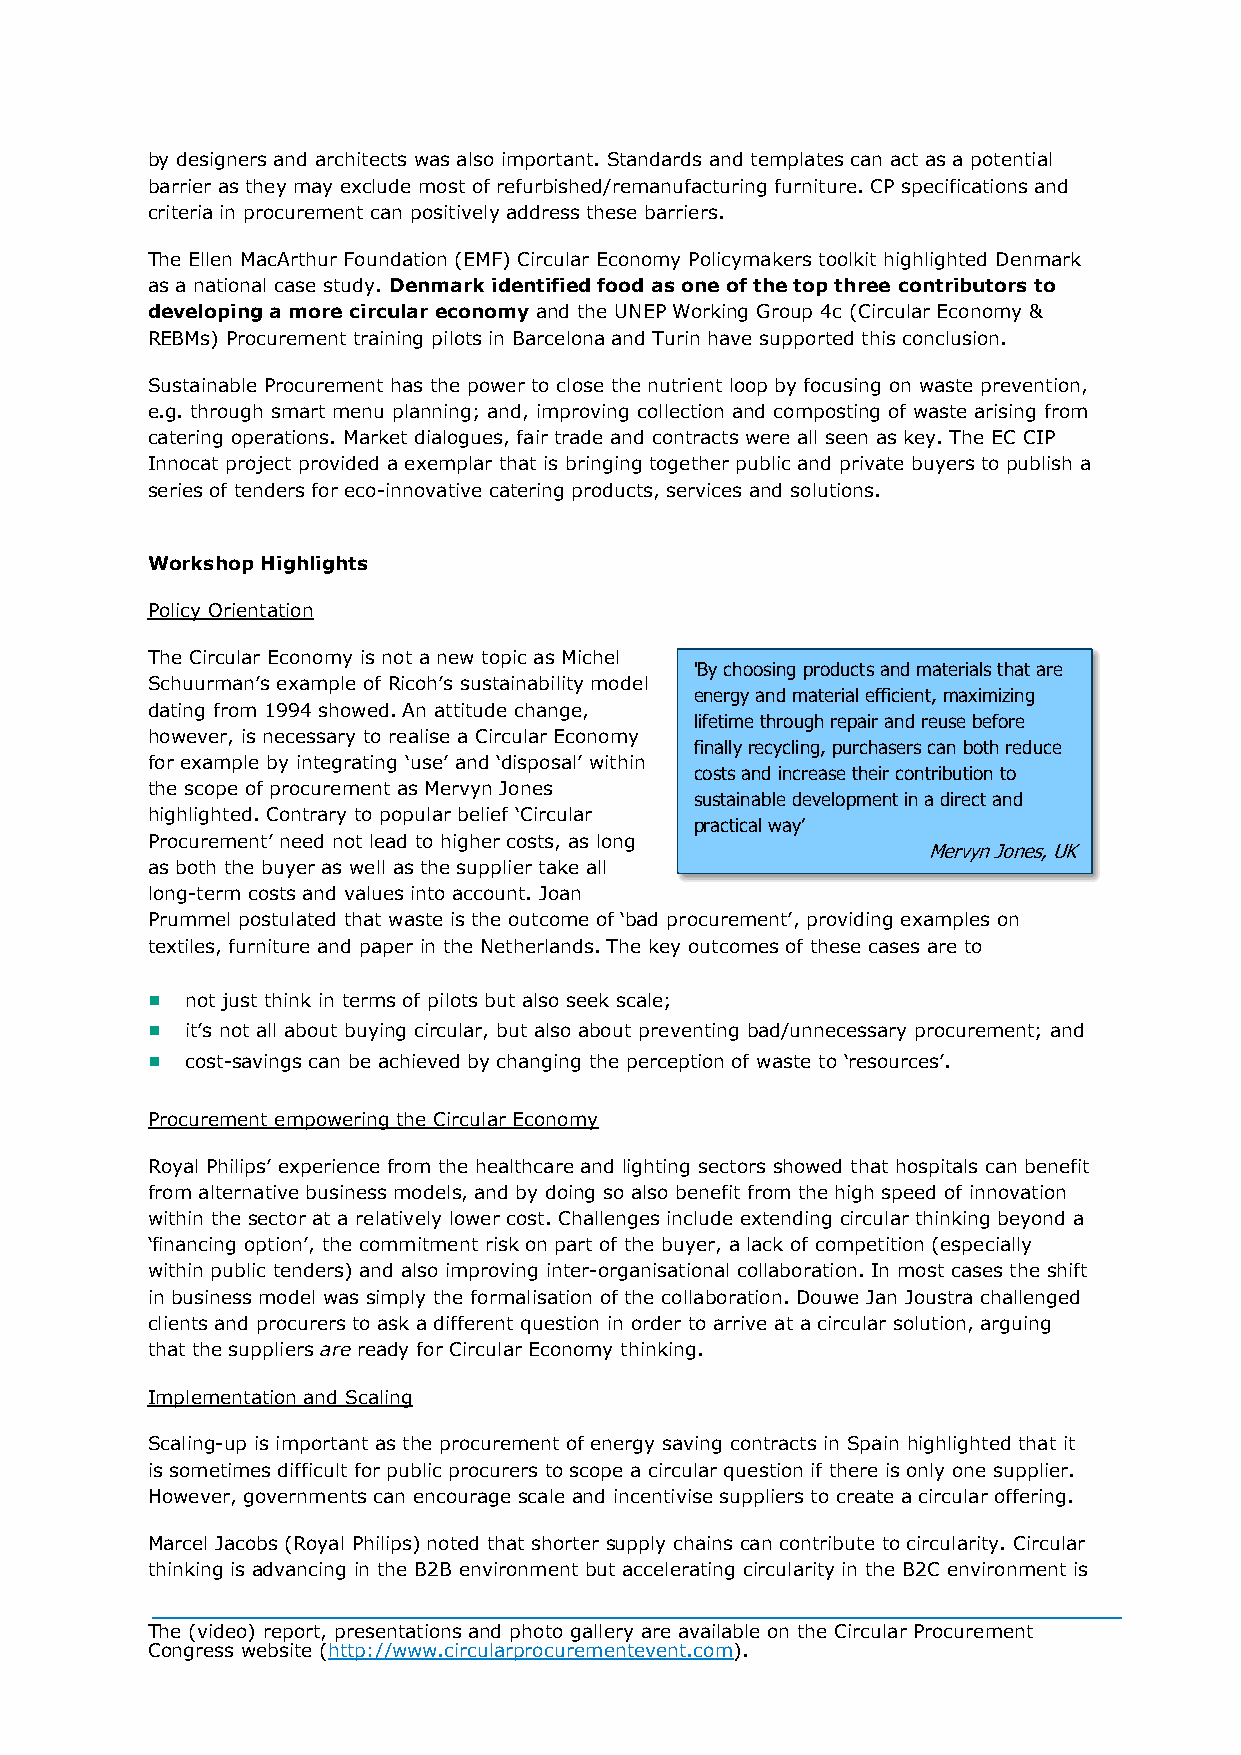
by designers and architects was also important. Standards and templates can act as a potential
 barrier as they may exclude most of refurbished/remanufacturing furniture. CP specifications and
 criteria in procurement can positively address these barriers.
 The Ellen MacArthur Foundation (EMF) Circular Economy Policymakers toolkit highlighted Denmark
 as a national case study. Denmark identified food as one of the top three contributors to
 developing a more circular economy and the UNEP Working Group 4c (Circular Economy &
 REBMs) Procurement training pilots in Barcelona and Turin have supported this conclusion.
 Sustainable Procurement has the power to close the nutrient loop by focusing on waste prevention,
 e.g. through smart menu planning; and, improving collection and composting of waste arising from
 catering operations. Market dialogues, fair trade and contracts were all seen as key. The EC CIP
 Innocat project provided a exemplar that is bringing together public and private buyers to publish a
 series of tenders for eco-innovative catering products, services and solutions.
 Workshop Highlights
 Policy Orientation
 The Circular Economy is not a new topic as Michel
 'By choosing products and materials that are
 Schuurman’s example of Ricoh’s sustainability model
 energy and material efficient, maximizing
 dating from 1994 showed. An attitude change,
 lifetime through repair and reuse before
 however, is necessary to realise a Circular Economy
 finally recycling, purchasers can both reduce
 for example by integrating ‘use’ and ‘disposal’ within
 costs and increase their contribution to
 the scope of procurement as Mervyn Jones
 sustainable development in a direct and
 highlighted. Contrary to popular belief ‘Circular
 practical way’
 Procurement’ need not lead to higher costs, as long
 Mervyn Jones, UK
 as both the buyer as well as the supplier take all
 long-term costs and values into account. Joan
 Prummel postulated that waste is the outcome of ‘bad procurement’, providing examples on
 textiles, furniture and paper in the Netherlands. The key outcomes of these cases are to
  not just think in terms of pilots but also seek scale;
  it’s not all about buying circular, but also about preventing bad/unnecessary procurement; and
  cost-savings can be achieved by changing the perception of waste to ‘resources’.
 Procurement empowering the Circular Economy
 Royal Philips’ experience from the healthcare and lighting sectors showed that hospitals can benefit
 from alternative business models, and by doing so also benefit from the high speed of innovation
 within the sector at a relatively lower cost. Challenges include extending circular thinking beyond a
 ‘financing option’, the commitment risk on part of the buyer, a lack of competition (especially
 within public tenders) and also improving inter-organisational collaboration. In most cases the shift
 in business model was simply the formalisation of the collaboration. Douwe Jan Joustra challenged
 clients and procurers to ask a different question in order to arrive at a circular solution, arguing
 that the suppliers are ready for Circular Economy thinking.
 Implementation and Scaling
 Scaling-up is important as the procurement of energy saving contracts in Spain highlighted that it
 is sometimes difficult for public procurers to scope a circular question if there is only one supplier.
 However, governments can encourage scale and incentivise suppliers to create a circular offering.
 Marcel Jacobs (Royal Philips) noted that shorter supply chains can contribute to circularity. Circular
 thinking is advancing in the B2B environment but accelerating circularity in the B2C environment is
 The (video) report, presentations and photo gallery are available on the Circular Procurement
 Congress website (http://www.circularprocurementevent.com).